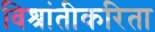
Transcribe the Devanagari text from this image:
विश्रांतीकरिता